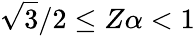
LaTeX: \sqrt{3}/2\le Z\alpha<1